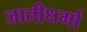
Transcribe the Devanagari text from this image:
जातीधर्मा